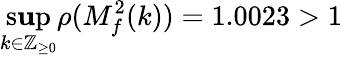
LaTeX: \operatorname*{s\mathbf{u}p}_{k\in\mathbb{{Z}}_{\geq0}}\rho(M_{f}^{2}(k))=1.0023>1